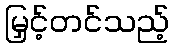
မြှင့်တင်သည့်